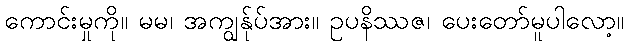
ကောင်းမှုကို။ မမ၊ အကျွန်ုပ်အား။ ဥပနိဿဇ၊ ပေးတော်မူပါလော့။